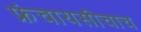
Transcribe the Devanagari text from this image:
फ्रंचायसीचाच